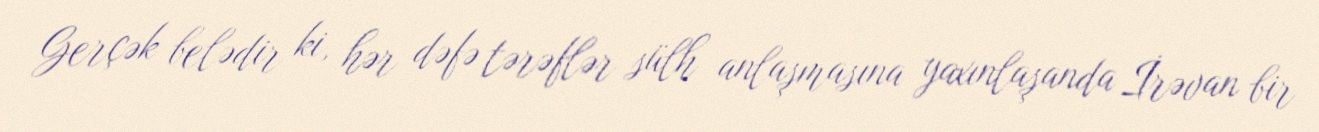
Gerçək belədir ki, hər dəfə tərəflər sülh anlaşmasına yaxınlaşanda İrəvan bir